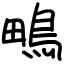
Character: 鴫